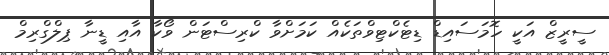
ސީރީޒް އަކީ ހޮމަސައިޑް ޑިޓެކްޓިވްތަކެއް ކަމަށްވާ ކްރިސްޓަން ވޯކާ އާއި ޑީނާ ޕިލްގްރިމް